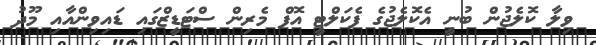
ވިލާ ކޮލެޖުން ބުނީ އެކޮލެޖުގެ ފެކަލްޓީ އޮފް މެރިން ސްޓަޑީޒްގައި ޑައިވިންއާއި މޫދު